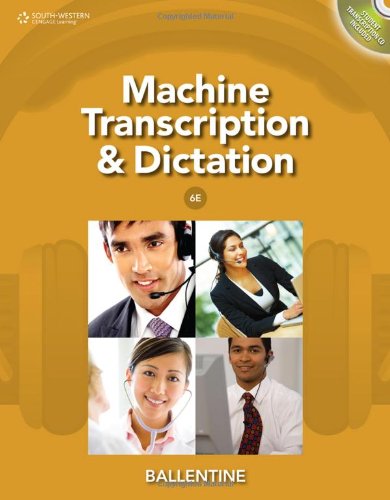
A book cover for Machine Transcription & Dictation (with CD-ROM); Mitsy Ballentine; Business & Money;